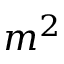
m ^ { 2 }